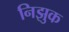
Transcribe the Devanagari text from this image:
निझुक